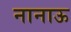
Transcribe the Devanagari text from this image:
नानाऊ